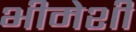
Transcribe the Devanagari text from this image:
भीमेशी